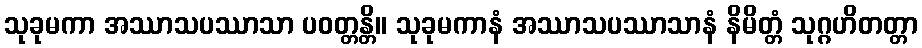
သုခုမကာ အဿာသပဿာသာ ပဝတ္တန္တိ။ သုခုမကာနံ အဿာသပဿာသာနံ နိမိတ္တံ သုဂ္ဂဟိတတ္တာ